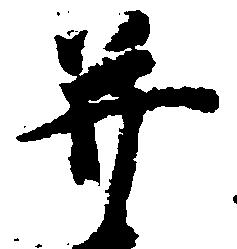
并